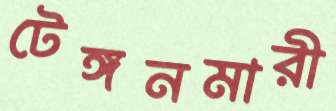
টেঙ্গনমারী